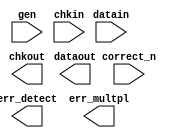
////////////////////////////////////////////////////////////////////////////////
//
//       This confidential and proprietary software may be used only
//     as authorized by a licensing agreement from Synopsys Inc.
//     In the event of publication, the following notice is applicable:
//
//                    (C) COPYRIGHT 2001 - 2018 SYNOPSYS INC.
//                           ALL RIGHTS RESERVED
//
//       The entire notice above must be reproduced on all authorized
//     copies.
//
//
// VERSION:   Verilog Simulation Model for DW_ecc
//
// DesignWare_version: c7646384
// DesignWare_release: O-2018.06-DWBB_201806.3
//
////////////////////////////////////////////////////////////////////////////////
//
// ABSTRACT: Error Detection & Correction
//
//      Parameters:
//           width       - data size (4 <= "width" <= 8178)
//           chkbits     - number of checkbits (5 <= "chkbits" <= 14)
//           synd_sel    - controls checkbit correction vs syndrome
//                           emission selection when gen input is not
//                           active (0 => correct check bits
//                           1 => pass syndrome to chkout)
//
//      Ports:
//           gen         - generate versus check mode control input
//                           (1 => generate check bits from datain
//                           0 => check validity of check bits on chkin
//                           with respect to data on datain and indicate
//                           the presence of errors on err_detect & err_multpl)
//           correct_n   - control signal indicating whether or not to correct
//           datain      - input data
//           chkin       - input check bits
//           err_detect  - flag indicating occurance of error
//           err_multpl  - flag indicating multibit (i.e. uncorrectable) error
//           dataout     - output data
//           chkout      - output check bits
//
//-----------------------------------------------------------------------------
// MODIFIED:
//
//  10/7/15 RJK  Updated for compatibility with VCS NLP feature
//  12/21/16 RJK Relaxed lower bound on width (STAR 9001134170)
//  7/14/17 RJK  Updated UPF specific code (STAR 9001217597)
//
//-----------------------------------------------------------------------------

module DW_ecc(gen, correct_n, datain, chkin,
		err_detect, err_multpl, dataout, chkout);

parameter integer width = 32;
parameter integer chkbits = 7;
parameter integer synd_sel = 0;

input gen;	// checkbit generation control input (active high)
input correct_n;// correct error control input (active low)
input [width-1:0] datain;   // data input bus (generating, checking & correcting)
input [chkbits-1:0] chkin;  // checkbit input bus (checking & correcting)

output err_detect;	// error detection output flag (active high)
output err_multpl;	// multiple bit error detection output (active high)
output [width-1:0] dataout;	// data output bus (generating, checking & correcting)
output [chkbits-1:0] chkout;	// checkbit output bus (generating & scrubbing)

// synopsys translate_off
`ifdef UPF_POWER_AWARE
`protected
U3K2)dJ+JAF>gBS\3V1AN4KZWTVH58#0_+Y]gF@JF((EJgH.?2f(4)>ccL,+&f8N
[TgGFVf3);B9QOW?SQ^RO?0ET,HNUZ6/cRO@UcP[MK-@3-68EG>46[><aK?994CQ
L7,#ZU[0+(5Z]M3dS0_>7;dN??eO(A2RDaV9G7bKbXD(NWFH#G)FW6#_cOUQWVYQ
Z,E)<Fgg^gP&#Y_=A\&d0>6&;Gg7)BCAJeReL@2Paa:6:&9T8P;E??7B2JXQA6+O
f].A.Lg6X?e4MNCI_E]=Z;b91UB)FMC]0)4J.MSL3_ICUHWC8M;bH.GQ2R-QO&L,
;B8I4WC:,^&7?I0]T-68Og11USgOed^[&2[TK48SgV/8&Hff3W=.N+I;Xd;6L?0/
Fff-]SV&0LVWZU@QU<:?d@Q&A>BPe\6/b@6_cIEI5AR.,NEL81Y:>4Y[/;ca/R=P
gU?fVbV&Y5I9a@b=UN;Ke^,>YLMHSS@NO8S+BDGe:@\^6d(IK99FER0/e\UJZ#1]
Q6(NW:X)L-f3fD/[e,c.;]HZNKE_?0./3&VJ5VcIB\U0..6fRE6U@V#3#Y/JG7U4
gg#E0NP5]E:IC-+5Y>>G39(>+(@TU,C(<NeLBNYS@AaU7R_2\9XQ22?S.[aO]UR[
RVc=/]bO?D^JgJM9C3LFQ=Q@Q-+^&EfL@_dV[UEd0ZCFP_Z.2,fYX#Y>)1c30+QK
/+c=-CR<\CV\T\C1[<XBQE7P9WGOE4ISAfD-PeRP>c()TDB#9L1B22UQ(>/5.=2d
(R[\2,AV>1@J1FfBM<Y_EbJeSRRI6W@-9)YP_[3^b6EI;cYb\66,F?<9O-d&^]J:
G@,D#(AdDCb&[&f^LM<Ue)D:DMd)R0Mf-77EC4Q:PX4\8:8M3JQfABdTdJ9R7ZGP
A>/&(FO]T^OZA9J)_5<Qd4aU+F0XdOX0A5-L5f7#[W_&=F.,9bTW\69QX3N7DX2^
:Z^\BHLf@Q;/&)_\W^>,LFV)#H-CbS3\\TUS22U^+eG??34XB]H9)<aF8fPZROCa
MQLB.R+Y=4.OY]I2&&V2V<7.WKAd@QdK(+E+7D9e:>Z8[G/,J5V]\1J3Q#(I&ZZ=
5\_H6NR:]67B:WB,)Q;)@?J6;bH)P>>BYW-#E:EOg9Y<\-@G#7.V9KH/X:0YaaW\
H#g-#,Ab7OH.&cg7OaX2][8_B?A,G8g>)Ne#QFS<7D/])?;VNKZQ5dCd\@-A8:=-
1/Zb_caQfgJ+aN)&/Mc\3FfXVC8A;4CcD?MbHG^;Q9cV4L\Ia4CYKLW,7SRL?V-N
_dc_;6eEOgP@&]VU:&#Y/7+Iga(^YAR,LO7&]F>O\bVYIR-6UK^X;TMMYR^Q8+B,
JP>4IX_XSg1@WdK43<X207XYQN\1.Cd(E2H1SI#3XI3K2aW-+Z>b[7]3-?I>YB/=
2RW>>b3B]^=8IV_KN/DcN[=/aE,XccIBD;_N:IN)FGQ1.S+&P/K6[[=#)bDF-4XB
:.V[OU(eUC_,6_]6IXIZ6^CM6?>I.PAd_:\eNN:LEbF>D1aZ&+SK.ca/W+eP5P(g
V971-)@H-RbV_PB6ZTZD6U/;WIC687eC?J0N9e0Q)faGFEI=ZLQ;:Ac:PJNV\D+4
(X2;ZHPFUD>\L5g-1;#1/NHOgL(Z??\]SHK&I-@6)Z\Y.(;(+S7c@8RME:J6(QMc
N(4PG_KMK/2TK<3<4:1@)c8)@@L^;V4VH/SGNHPD/T3=D-42VX/4.F@&ZOR?a6CS
\T:.d>P>O>45U3cQ17P9R<T[f>fR=?4[;F:Nb;E_#MA586,MGAfAPQ?+0Wg./4\b
\90E:VXIS6Ig/JI[W###H_?>2=FYSU7(>\MR;05I)-BBa3,Z)M-CMf^Ge<+)12T/
(XV>WXS6]]2/0OdYMQ2;7f#40XU)f<[7V.11Z:4+(8L>bgE9R<)^D5#SdKcO2121
IQ709(2\FJKA,;HbHRR/=fEBZ31De^HQ3Qa9GTU0d2_,+#g^L9Z;+6X5.6IQM;U@
;6QGe6[4(_De7L5G+L1[OORCYY^_,<+\e=CEVd0I7[aNR&@488_a\/beM)8C=.[\
04POHeSPVI/cV[:&M1>:A@(SIH49A:b:>BIdbdb<YHfWRc#><Q@[/],_R]O19Z=X
N;MXEWM91g@QJFbBb7.5gO-64>(LREVRWZ=D/4[<DOc>G3<)FB@B_K/FO9a\#AS7
A+e=bXWAO;XaLQ_+eQW(R9(eP09fOFecFEP?b7@LP)S,<9A&1:O_4(IHcNQ<[N(c
I+]K=2BEW^I<<@^D\8G@?)-P/]\LI:5Y[4Q919NUbOCfb?IUS6DU,<HOe,I?6W+3
Kg\;=_=<]_dK<_Wa]^9@<W.0UM9?K6QWHF^<93VR3BTVdecEU<-JMX#\NDVI3[8T
(X/Y3XZ;Ia1,@&U@E2.(a0]Z3;Fc)L5=XG)U):_RM>F9BUEL?a,Db@W/#90OYb<R
H,M?gES:HPe[?[@?H_0QFdE\/;L:+\[YN:)0L>_#Z.]TJ2[CbM3HO3eE2#A3ZG=-
PWG+1DMN73B,=Ve.I/\G.5)[BZW0eP#=U2)eT1?<JLa>2>3\,&PM^61^[J&3\V_g
2MBHAMaRf@[,Nb((XfPVH.T]D=ZW2^G4)1HLgdK?G:Z-bb^1Ta&R#.O01^6AfU.M
1aI74P4_+aR_N^gH&\92/3+/H>:3.I<;.>3J-e3aF:Yc\;f5T&UEMW]NF+&J:C#G
#LNc((BMb.\dTT1O4&MgI]C0)B)=FOIIV?d288]^36L4OG-d4I3R/[D=@)[;b3Y_
&8^Ye-2YJ;>5\+KA==I-II@Q34S4MPZbTB=152\@8LdIg?L++//;E49WQ98bHN8A
9CcFEZgfNc(I;7=-.d5GI7C>I];5-[8>YdgBObdH,H7-FD5-+]bgLU12dWS3.4^.
Le#R(-0(;:LgHP?H=AGb@Y50&S]:><#MG<P<CD,81M/;YC&d4=&<W:;17N3b/VO1
fbXIOZb/QPR&VaO]b^<&R9R#T@<GVEc70>EU-0LMJ6:O^9g#KJFUaeMI)ee26I\;
U]</2A8R1/VGA,KYg3B4<QV-#66JZ;BaJXG880N8F8V[G_G;cY[4E:(A]+G(Rg;S
?S:/#,V&B4=;I0U(@T&<Cg3CaS&1cX\LT9PHQVM_E/&/9,e;R)04Pb)T@U;&A)c,
,(47E(U[7(KA(NJCQ)bF(Bb-TH4K:DFC1CJW))^1IMIQMY&D8LJBVdAHfBSGGYcD
Z;aT@;]?gMJD\=gU@8L#(B?P4Z16K])&S=_2XTCd-J;1Z)E)<(B</2Q<gbcc:c1H
9CKYKHB,]d-a-17[81T\7Z(G]G>;UbU6cL<Ed?@\e8:<BKc4_9FCD]Kd-gc#LV2&
\\AH#HREL2H?)55]A?QP+gA0#95a,6^LP8MZR5.1I\64H>#4bU3@WC(d16#M6c5c
(MA]2fU,^@WGERC;SfN.2fa>T,V&ZOZ7c:4-4ba.9g2+M((\<B;@H]\(RMcYNY@A
/VTGK]VLOcD_Z5dT=XAEL\J@=XcW>E6/V-DCQK]9D86:[2aTY3-B]C22&GT1(0Z4
BK0:eMQHAdG,?1F9.TKRff+.0U2e.?#?H:(6)^cO9LK/K_D;[bY+GZP^>fO-f),a
J,=[AQ-F=?\HFQ+=bb9L9-:KQ;^BM2gWGZ5#gLZ?7@U6_\)(Fe]4=D2\C1;dd>\X
gTL&/BU]ENM67aA.fQP51R#5PY#LRf8\6=\GGJ[Y,K#Xd.&FXIN@</Z:S6Ld-D#B
JOH(<(5&_8=@CeZJJ>ff)V26?LQcVd2A6?#,:-Xg(+9S3C9:^21eVQ6_76ce^.d,
.Ga=9+C><a\-27X:/U2>f8752VK,@D+K@TZd(VLD5A88I:Qb(P:FY3W,(_5AW/?(
G)+UZ&cTI7f)WP_UQ5,(#d^=/1YBgPbZUE1fE2N;O7?.KI@:fUM3^DKD/AG_4#8Y
W#GV\>B/.YgC=/+YQ;T[4CMMW\;+ZMGfH@8A:@\WZB,a,Me/,WIZSc7&N6)Zf+a[
(QcEC\G.,_RZWb[.B3\MacG(8c^X?LG<:7NXf[)SXLI)(Z#Fa/:AUHF8_33dHY<&
b,QQM8=XS8eU#K(@KK\+&b0J_<8V38a05Z4M3NL3VQBg,Y)SX@17Kca]:g.)LC:A
\(LE9e[/7d.<g5U-(@&,OVS;,USFNR>P,3,?&ZAe6YBCK^U^;Mf-^.P60\B=W/P:
b6><2KCcD#SBS&5cA,+?)BQ.Rf.86YMC<]H3#.=.?U]:BeJGe5=Q>Xc_eM93_Haa
>(R+(IIO[EbG[/-+.#M\]ZQ0-WCeUB.7B#4JRc]@A<I4[(dTPCSF+6Qd@TTX]>4\
c.1?4CS&8C&EY^7g]&D7.)Xf\cIBb;4)e#c[-6Q+fO.)Ne_FA#^b-A=-AF24_?W0
UQXbB,9GMYdd51\?&^>(YEP,)=X4-\fJHD91\BQ:VA^>g-[b\JUER.Y.b&/^@=,7
GdH3aLAVZA^6>Z[C_)O50a^=B>5C57=G__P^I3e5O#D3&FLET=\UDW8WHKM6N+7Y
;cf&8(Z7N]4D1/cDZ8LLEX@L:XAJH;ERVc7];Z.HM,)c[J7bSB)F;QFaZA;>Z;P6
FNe1T_dS:J4@#WP-#\=<)_6EI>;9/\2_25CTA&K6X527#0CI^F.I.D7#C/#;Q27T
BB6TN)OMM#98>S[=9M,#<QDXA?)^J3.UaJ7ga]E7K8S2IV-W23;#201D[:HB^+T7T$
`endprotected

`else

 integer OI11IO001, I1011Ol00;
 integer O1O00I001, IlOO01011, IIl1lll10;
 integer lO0IlIOl1, O1I1IO0IO, l1O0O110I, O0l1O10l0;
 integer OIOOl1I00, O0Olll0O0, l1IO10001;
 integer II010O0O1,  lI1O010l1, IOI001111;
 integer O0O1O11OO, O001O1Ol1, OO0O101O0, OlOOIO10I;
 integer lOlIIl001, I11000011, lOO0lO1O0, II1Il0l1l, l11O1O1II;
 integer Ill11O01O [0:(1<<chkbits)-1];
 integer O1111l11O [0:(1<<(chkbits-1))-1];
 reg  [chkbits-1:0] II0O00OIl;
 reg  [width-1:0]   IIO0O111I;
  reg [width-1:0] O00ll11OO [0:chkbits-1];
`endif

 wire [chkbits-1:0] O000001OO;
 reg  [width-1:0] IOO11O1I0;
 reg  [chkbits-1:0] OI1l0OOOI;
 reg  O1OO110OI, OO11O110l;

  function [30:0] OI100OI00;
  
    input [30:0] O01I10010;
    input [30:0] I1011Ol00;
    
    if (O01I10010) begin
      if (I1011Ol00 < 1) OI100OI00 = 1;
      else if (I1011Ol00 > 5) OI100OI00 = 1;
      else OI100OI00 = 0;
    end else begin
      if (I1011Ol00 < 1) OI100OI00 = 5;
      else if (I1011Ol00 < 3) OI100OI00 = 1;
      else OI100OI00 = 0;
    end
  endfunction


  function [30:0] OI10l11ll;
  
    input [30:0] l1Il10O1l;
    
    integer O0O1O1101, lO1lOOlI0;
    begin
      
      lO1lOOlI0 = l1Il10O1l;
      O0O1O1101 = 0;
      
      while (lO1lOOlI0 != 0) begin
        if (lO1lOOlI0 & 1)
          O0O1O1101 = O0O1O1101 + 1;
      
        lO1lOOlI0 = lO1lOOlI0 >> 1;
      end
      
      OI10l11ll = O0O1O1101;
    end
  endfunction
  

`ifndef UPF_POWER_AWARE
  initial begin
    
    OI11IO001 = 1;
    O001O1Ol1 = 5;
    lOlIIl001 = OI11IO001 << chkbits;
    l1O0O110I = 2;
    lOO0lO1O0 = lOlIIl001 >> O001O1Ol1;
    O0Olll0O0 = l1O0O110I << 4;

    for (OO0O101O0=0 ; OO0O101O0 < lOlIIl001 ; OO0O101O0=OO0O101O0+1) begin
      Ill11O01O[OO0O101O0]=-1;
    end

    II1Il0l1l = lOO0lO1O0 * l1O0O110I;
    lO0IlIOl1 = 0;
    I11000011 = O001O1Ol1 + Ill11O01O[0];
    OIOOl1I00 = O0Olll0O0 + Ill11O01O[1];

    for (IOI001111=0 ; (IOI001111 < II1Il0l1l) && (lO0IlIOl1 < width) ; IOI001111=IOI001111+1) begin
      O1O00I001 = IOI001111 / l1O0O110I;

      if ((IOI001111 < 4) || ((IOI001111 > 8) && (IOI001111 >= (II1Il0l1l-(l1O0O110I*l1O0O110I)))))
        O1O00I001 = O1O00I001 ^ 1;

      if (^IOI001111 ^ 1)
        O1O00I001 = lOO0lO1O0-OI11IO001-O1O00I001;

      if (lOO0lO1O0 == OI11IO001)
        O1O00I001 = 0;

      O1I1IO0IO = 0;
      O0O1O11OO = O1O00I001 << O001O1Ol1;

      if (IOI001111 < lOO0lO1O0) begin
        II010O0O1 = 0;
        if (lOO0lO1O0 > OI11IO001)
          II010O0O1 = IOI001111 % 2;

          O0l1O10l0 = OI100OI00(II010O0O1,0);

        for (OO0O101O0=O0O1O11OO ; (OO0O101O0 < (O0O1O11OO+O0Olll0O0)) && (lO0IlIOl1 < width) ; OO0O101O0=OO0O101O0+1) begin
          lI1O010l1 = OI10l11ll(OO0O101O0);
          if (lI1O010l1 % 2) begin
            if (O0l1O10l0 <= 0) begin
              if (lI1O010l1 > 1) begin
                Ill11O01O[OO0O101O0] = ((O1I1IO0IO < 2) && (II010O0O1 == 0))?
            			    lO0IlIOl1 ^ 1 : lO0IlIOl1;
                O1111l11O[ ((O1I1IO0IO < 2) && (II010O0O1 == 0))? lO0IlIOl1 ^ 1 : lO0IlIOl1 ] =
            			    OO0O101O0;
                lO0IlIOl1 = lO0IlIOl1 + 1;
              end

              O1I1IO0IO = O1I1IO0IO + 1;

              if (O1I1IO0IO < 8) begin
                O0l1O10l0 = OI100OI00(II010O0O1,O1I1IO0IO);

              end else begin
                OO0O101O0 = O0O1O11OO+O0Olll0O0;
              end
            end else begin

              O0l1O10l0 = O0l1O10l0 - 1;
            end
          end
        end

      end else begin
        for (OO0O101O0=O0O1O11OO+OIOOl1I00 ; (OO0O101O0 >= O0O1O11OO) && (lO0IlIOl1 < width) ; OO0O101O0=OO0O101O0-1) begin
          lI1O010l1 = OI10l11ll(OO0O101O0);

          if (lI1O010l1 %2) begin
            if ((lI1O010l1>1) && (Ill11O01O[OO0O101O0] < 0)) begin
              Ill11O01O[OO0O101O0] = lO0IlIOl1;
              O1111l11O[lO0IlIOl1] = OO0O101O0;
              lO0IlIOl1 = lO0IlIOl1 + 1;
            end
          end
        end
      end
    end

    l1IO10001 = OI11IO001 - 1;

    for (OO0O101O0=0 ; OO0O101O0<chkbits ; OO0O101O0=OO0O101O0+1) begin
      IIO0O111I = {width{1'b0}};
      for (lO0IlIOl1=0 ; lO0IlIOl1 < width ; lO0IlIOl1=lO0IlIOl1+1) begin
        if (O1111l11O[lO0IlIOl1] & (1 << OO0O101O0)) begin
          IIO0O111I[lO0IlIOl1] = 1'b1;
        end
      end
      O00ll11OO[OO0O101O0] = IIO0O111I;
    end

    l11O1O1II = l1IO10001 - 1;

    for (OO0O101O0=0 ; OO0O101O0<chkbits ; OO0O101O0=OO0O101O0+1) begin
      Ill11O01O[OI11IO001<<OO0O101O0] = width+OO0O101O0;
    end

    OlOOIO10I = l1IO10001;
  end
`endif
  
  
  always @ (datain) begin : DW_IO010IO10
    
    for (I1011Ol00=0 ; I1011Ol00 < chkbits ; I1011Ol00=I1011Ol00+1) begin
      II0O00OIl[I1011Ol00] = ^(datain & O00ll11OO[I1011Ol00]) ^
				((I1011Ol00<2)||(I1011Ol00>3))? 1'b0 : 1'b1;
    end
  end // DW_IO010IO10
  
  assign O000001OO = II0O00OIl ^ chkin;

  always @ (O000001OO or gen) begin : DW_I10l100O1
    if (gen != 1'b1) begin
      if ((^(O000001OO ^ O000001OO) !== 1'b0)) begin
        OI1l0OOOI = {chkbits{1'bx}};
        IOO11O1I0 = {width{1'bx}};
        O1OO110OI = 1'bx;
        OO11O110l = 1'bx;
      end else begin
        OI1l0OOOI = {chkbits{1'b0}};
        IOO11O1I0 = {width{1'b0}};
        if (O000001OO === {chkbits{1'b0}}) begin
          O1OO110OI = 1'b0;
          OO11O110l = 1'b0;
        end else if (Ill11O01O[O000001OO+OlOOIO10I] == l11O1O1II) begin
          O1OO110OI = 1'b1;
          OO11O110l = 1'b1;
        end else begin
          O1OO110OI = 1'b1;
          OO11O110l = 1'b0;
          if (Ill11O01O[O000001OO+OlOOIO10I] < width)
            IOO11O1I0[Ill11O01O[O000001OO+OlOOIO10I]] = 1'b1;
          else
            OI1l0OOOI[Ill11O01O[O000001OO+OlOOIO10I]-width] = 1'b1;
        end
      end
    end
  end // DW_I10l100O1

  assign err_detect = (gen === 1'b1)? 1'b0 : ((gen === 1'b0)? O1OO110OI : 1'bx);
  assign err_multpl = (gen === 1'b1)? 1'b0 : ((gen === 1'b0)? OO11O110l : 1'bx);

  assign chkout = (gen === 1'b1)? II0O00OIl :
  		  ((gen ===1'b0) && (synd_sel == 1))? O000001OO :
		  ((gen === 1'b0) && (correct_n === 1'b1))? (chkin | (chkin ^ chkin)) :
		  ((gen === 1'b0) && (correct_n === 1'b0))? chkin ^ OI1l0OOOI :
		  {chkbits{1'bx}};

  assign dataout = ((gen === 1'b1) || (correct_n === 1'b1))? (datain | (datain ^ datain)) :
  		  ((gen ===1'b0) && (correct_n === 1'b0))? datain ^ IOO11O1I0 :
		  {width{1'bx}};
  
  
 
  initial begin : parameter_check
    integer param_err_flg;

    param_err_flg = 0;
    
    
    if ( (width < 4) || (width > 8178) ) begin
      param_err_flg = 1;
      $display(
	"ERROR: %m :\n  Invalid value (%d) for parameter width (legal range: 4 to 8178)",
	width );
    end
    
    if ( (chkbits < 5) || (chkbits > 14) ) begin
      param_err_flg = 1;
      $display(
	"ERROR: %m :\n  Invalid value (%d) for parameter chkbits (legal range: 5 to 14)",
	chkbits );
    end
    
    if ( (synd_sel < 0) || (synd_sel > 1) ) begin
      param_err_flg = 1;
      $display(
	"ERROR: %m :\n  Invalid value (%d) for parameter synd_sel (legal range: 0 to 1)",
	synd_sel );
    end
    
    if ( width > ((1<<(chkbits-1))-chkbits) ) begin
      param_err_flg = 1;
      $display(
	"ERROR: %m : Invalid parameter combination (chkbits value too low for specified width)" );
    end
  
    if ( param_err_flg == 1) begin
      $display(
        "%m :\n  Simulation aborted due to invalid parameter value(s)");
      $finish;
    end

  end // parameter_check 

  
// synopsys translate_on
endmodule